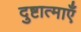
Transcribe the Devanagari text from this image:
दुष्टात्माएँ